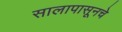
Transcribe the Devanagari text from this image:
सालापासूनचे